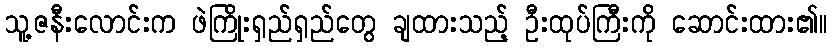
သူ့ဇနီးလောင်းက ဖဲကြိုးရှည်ရှည်တွေ ချထားသည့် ဦးထုပ်ကြီးကို ဆောင်းထား၏။